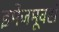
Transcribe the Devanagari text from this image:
इमेजमूवर्स